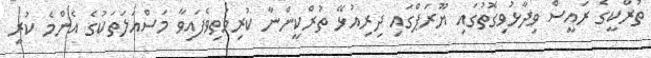
ތުރްކީގެ ރައީސް ވިދާޅުވިގޮތުގައި ޔޫރަޕްގައި ދިރިއުޅޭ ތުރްކީންނާ ކުރިމަތިވެފައިވާ މަސްއަލަތަކުގެ އެންމެ ކުރީ